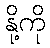
နို့ကို